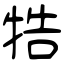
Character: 牿